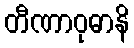
တီဏာဝုဓာနိ